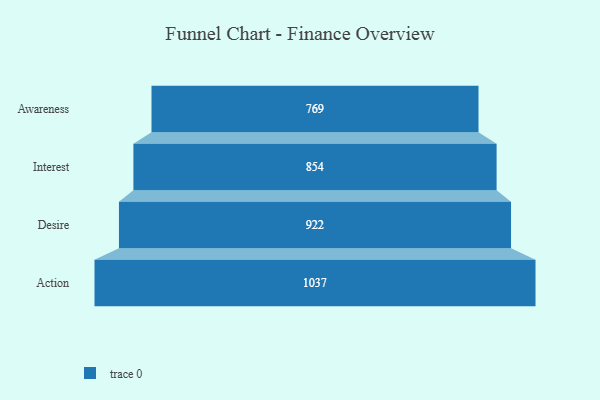
{"axis": {"x": "Stage", "y": "Value"}, "legend": [""], "data": [{"x": "Awareness", "y": 769.0, "type": ""}, {"x": "Interest", "y": 854.0, "type": ""}, {"x": "Desire", "y": 922.0, "type": ""}, {"x": "Action", "y": 1037.0, "type": ""}]}